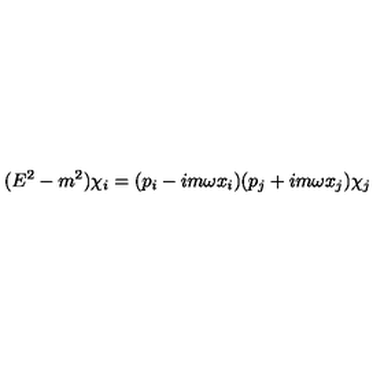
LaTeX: ( E ^ { 2 } - m ^ { 2 } ) \chi _ { i } = ( p _ { i } - i m \omega x _ { i } ) ( p _ { j } + i m \omega x _ { j } ) \chi _ { j }